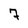
Character: 7